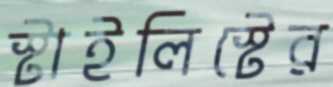
স্টাইলিস্টের